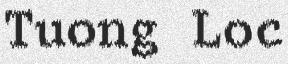
Tuong Loc